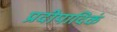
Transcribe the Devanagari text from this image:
प्रदीपादिकं